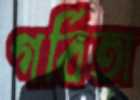
গর্বিতা